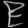
Digit: ၉